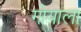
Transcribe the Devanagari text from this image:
गोयाला